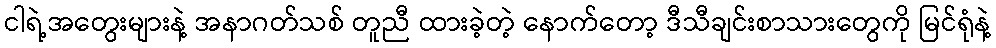
ငါရဲ့အတွေးများနဲ့ အနာဂတ်သစ် တူညီ ထားခဲ့တဲ့ နောက်တော့ ဒီသီချင်းစာသားတွေကို မြင်ရုံနဲ့